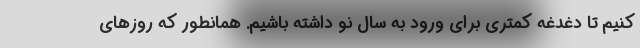
کنیم تا دغدغه کمتری برای ورود به سال نو داشته باشیم. همانطور که روزهای